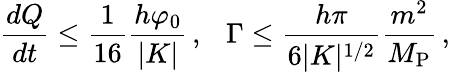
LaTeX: \frac{dQ}{dt}\leq\frac{1}{16}\frac{h\varphi_{0}}{|K|}\, ,~~~\Gamma\leq\frac{h\pi}{6|K|^{1/2}}\frac{m^{2}}{M_{\mathrm{P}}}\, ,